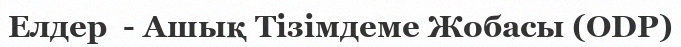
Елдер  - Ашық Тізімдеме Жобасы (ODP)